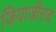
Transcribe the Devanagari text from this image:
जियाजीराव